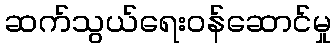
ဆက်သွယ်ရေးဝန်ဆောင်မှု